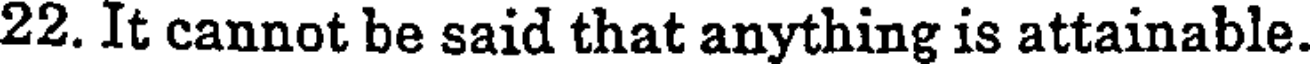
22. It cannot be said that anything is attainable.